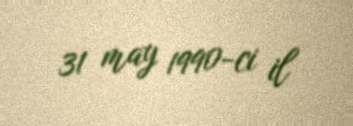
31 may 1990-ci il